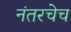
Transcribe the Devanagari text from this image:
नंतरचेच